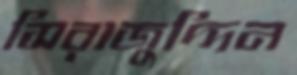
সিরাজুদ্দিন